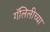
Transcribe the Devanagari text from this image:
गॅलिलीच्या